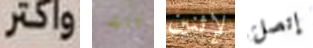
واكتر انت لإثنين إتصل